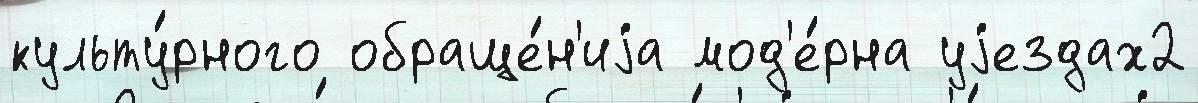
культу́рного обраще́н'иjа мод'е́рна уjездах2